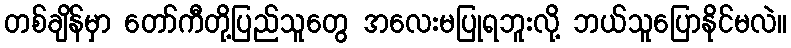
တစ်ချိန်မှာ တော်ကီတို့ပြည်သူတွေ အလေးမပြုရဘူးလို့ ဘယ်သူပြောနိုင်မလဲ။